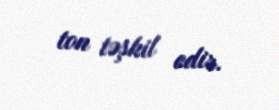
ton təşkil edir.